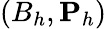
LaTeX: (B_{h},{\mathbf P}_{h})